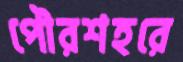
পৌরশহরে